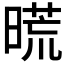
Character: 𣉪